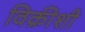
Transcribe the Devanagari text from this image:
विक्रीशी